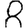
Digit: 8